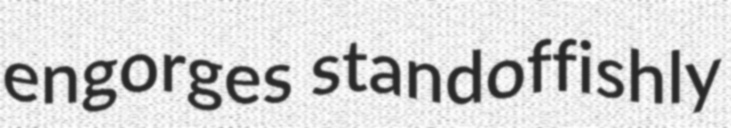
engorges standoffishly